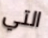
التي